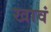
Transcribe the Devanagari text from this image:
खावं